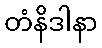
တံနိဒါနာ